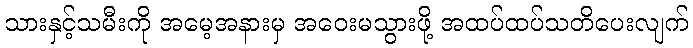
သားနှင့်သမီးကို အမေ့အနားမှ အဝေးမသွားဖို့ အထပ်ထပ်သတိပေးလျက်